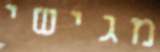
מגישי